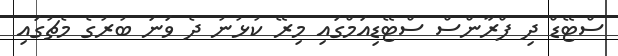
ސްޓޭޑް ދި ފްރާންސް ސްޓޭޑިއަމްގައި މިރޭ ކުޅުނު ދެ ވަނަ ބުރުގެ މެޗުގައި